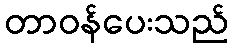
တာဝန်ပေးသည်